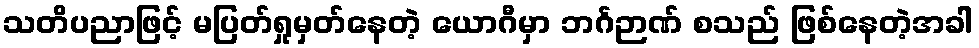
သတိပညာဖြင့် မပြတ်ရှုမှတ်နေတဲ့ ယောဂီမှာ ဘင်္ဂဉာဏ် စသည် ဖြစ်နေတဲ့အခါ